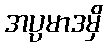
အပ္ပမာဒမှိ